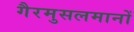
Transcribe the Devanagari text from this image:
गैरमुसलमानों